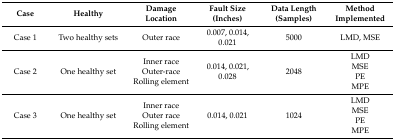
<table><thead><tr><td><b>Case</b></td><td><b>Healthy</b></td><td><b>Damage Location</b></td><td><b>Fault Size (Inches)</b></td><td><b>Data Length (Samples)</b></td><td><b>Method Implemented</b></td></tr></thead><tbody><tr><td>Case 1</td><td>Two healthy sets</td><td>Outer race</td><td>0.007, 0.014, 0.021</td><td>5000</td><td>LMD, MSE</td></tr><tr><td>Case 2</td><td>One healthy set</td><td>Inner raceOuter-raceRolling element</td><td>0.014, 0.021, 0.028</td><td>2048</td><td>LMDMSEPEMPE</td></tr><tr><td>Case 3</td><td>One healthy set</td><td>Inner raceOuter raceRolling element</td><td>0.014, 0.021</td><td>1024</td><td>LMDMSEPEMPE</td></tr></tbody></table>